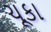
ચૂકા